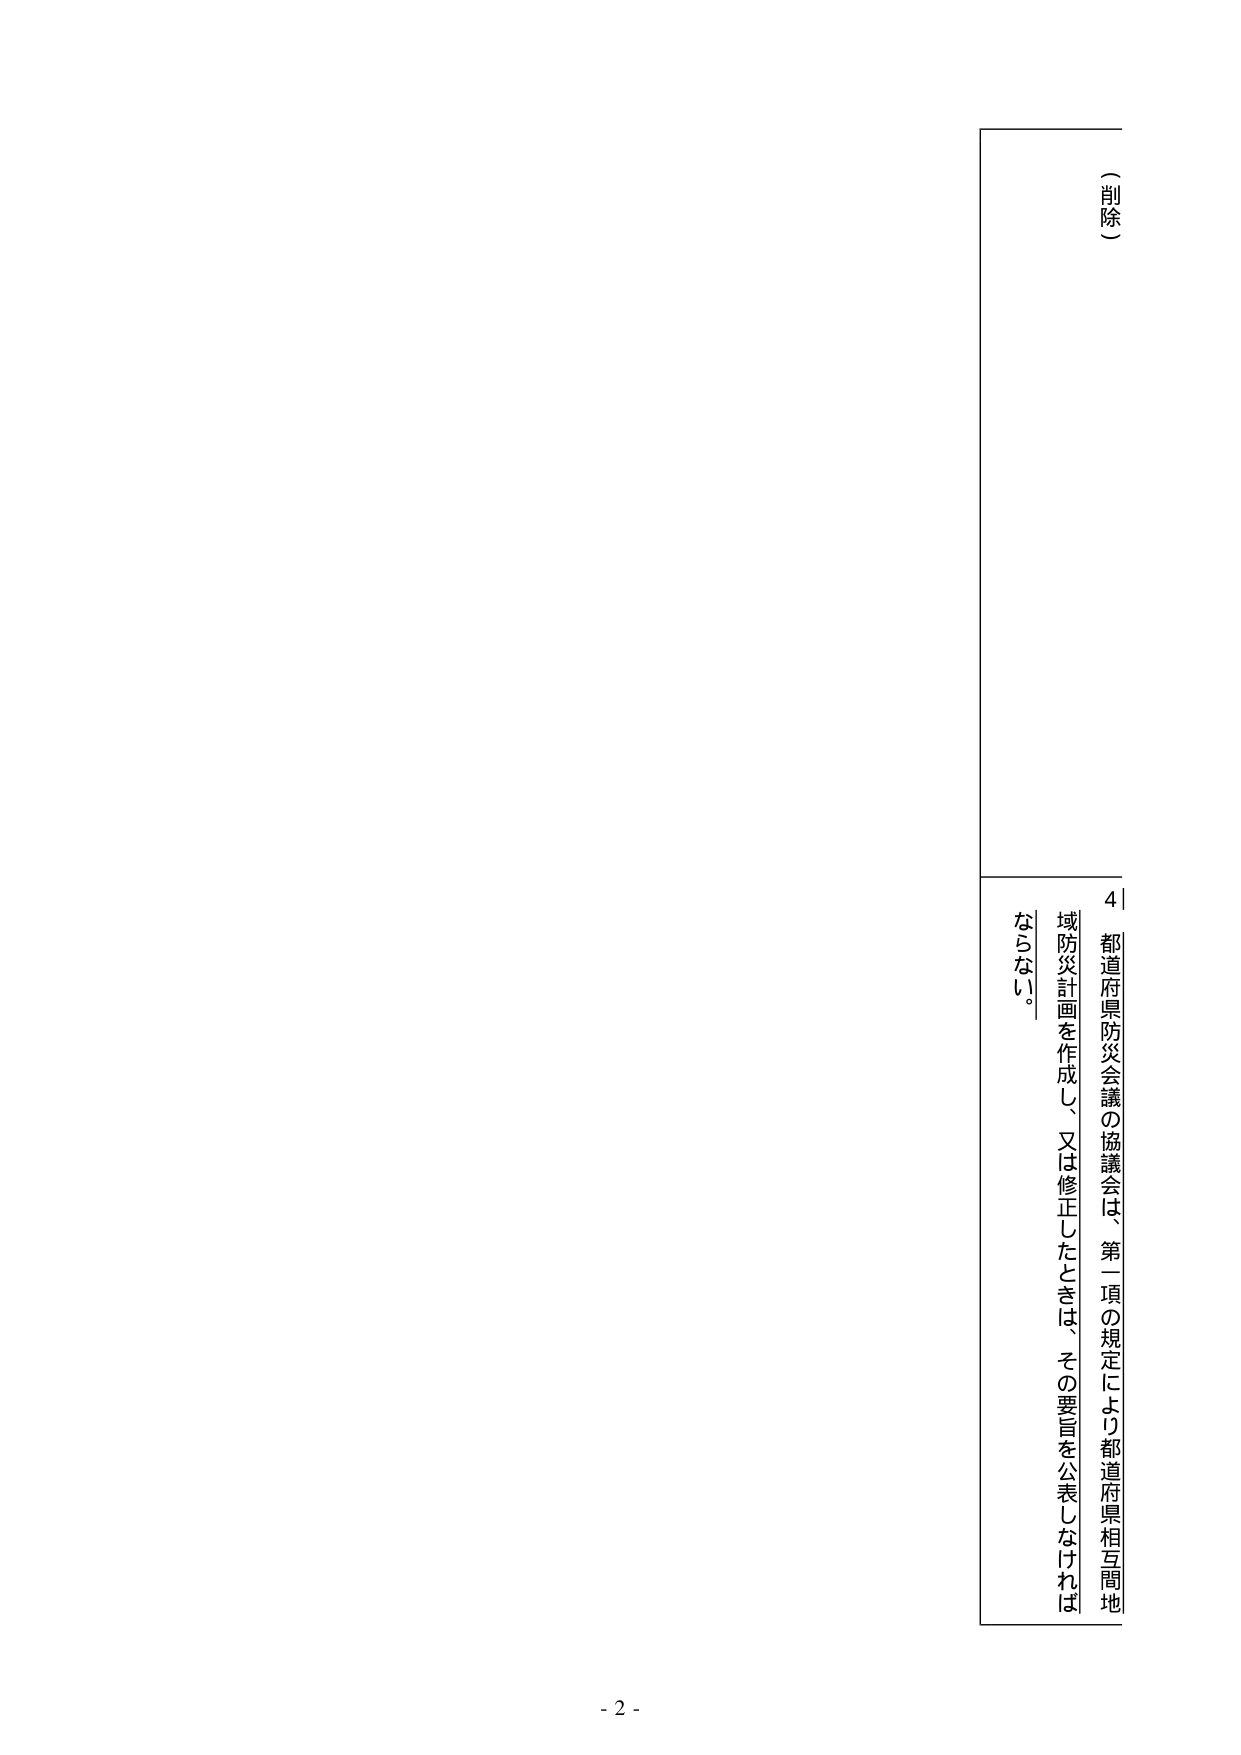
（削除）

4 都道府県防災会議の協議会は、第一項の規定により都道府県相互間地域防災計画を作成し、又は修正したときは、その要旨を公表しなければならない。